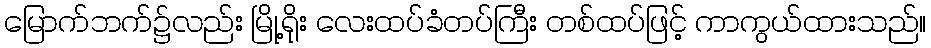
မြောက်ဘက်၌လည်း မြို့ရိုး လေးထပ်ခံတပ်ကြီး တစ်ထပ်ဖြင့် ကာကွယ်ထားသည်။